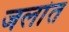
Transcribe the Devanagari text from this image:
जलांत